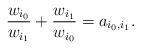
LaTeX: \begin{align*}\frac{w_{i_0}}{w_{i_1}}+\frac{w_{i_1}}{w_{i_0}}=a_{{i_0,i_1}}.\end{align*}